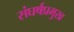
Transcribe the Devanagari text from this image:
संघर्षप्रमुख